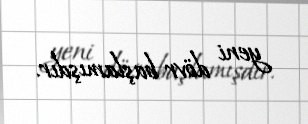
yeni dövr başlamışdır.